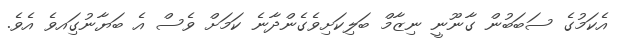
އެކަމުގެ ސަބަބުން ގާނޫނީ ނިޒާމް ބަލިކަށިވެގެންދާނެ ކަމަށް ވެސް އެ ބަޔާނުގަިއވެ އެވެ.